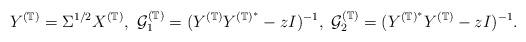
LaTeX: \begin{align*}Y^{(\mathbb{T})}=\Sigma^{1/2}X^{(\mathbb{T})}, \ \mathcal{G}_{1}^{(\mathbb{T})}=(Y^{(\mathbb{T})}Y^{(\mathbb{T})^*}-zI)^{-1}, \ \mathcal{G}_{2}^{(\mathbb{T})}=(Y^{(\mathbb{T})^{*}}Y^{(\mathbb{T})}-zI)^{-1}.\end{align*}